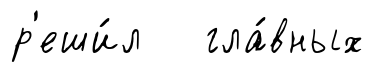
р'еши́л гла́вных